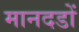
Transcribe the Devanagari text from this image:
मानदडों